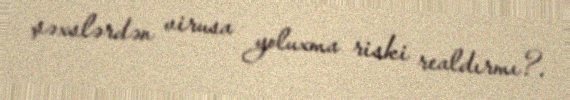
şəxslərdən virusa yoluxma riski realdırmı?.